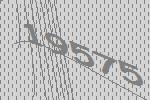
19575